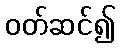
ဝတ်ဆင်၍